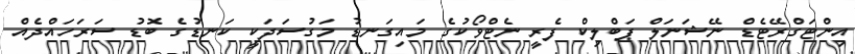
އިންޓަގްރޭޓެޑް ނޭޝަނަލް ޕަބްލިކް ފެރީ ނެޓްވޯކުގެ މައިގަނޑު މަގުސަދަކީ ކަނޑުގެ ބޮޑު ސަރަހައްދެއް